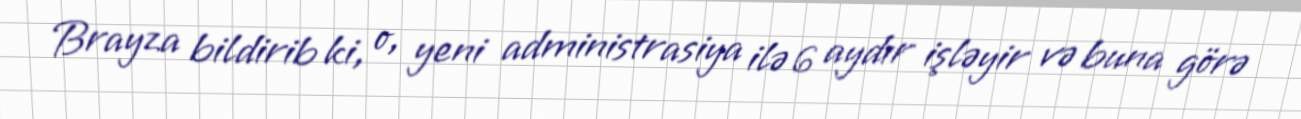
Brayza bildirib ki, o, yeni administrasiya ilə 6 aydır işləyir və buna görə